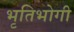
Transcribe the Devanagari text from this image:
भृतिभोगी